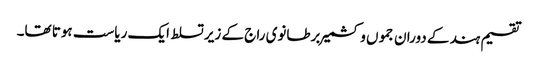
تقسیم ہند کے دوران جموں و کشمیر برطانوی راج کے زیر تسلط ایک ریاست ہوتا تھا۔